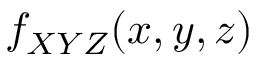
f _ { X Y Z } ( x , y , z )